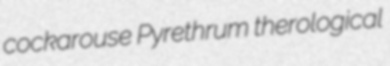
cockarouse Pyrethrum therological